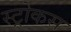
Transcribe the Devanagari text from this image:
स्ट्रोकस